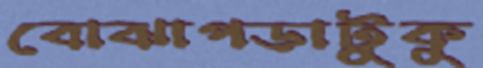
বোঝাপড়াটুকু